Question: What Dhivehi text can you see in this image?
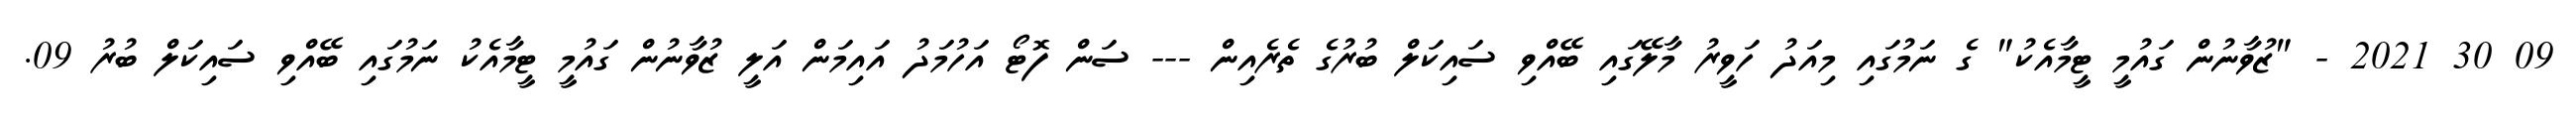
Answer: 09 30 2021 - "ޒުވާނުން ގައުމީ ޓީމާއެކު" ގެ ނަމުގައި މިއަދު ހަވީރު މާލޭގައި ބޭއްވި ސައިކަލް ބުރުގެ ތެރެއިން --- ސަން ފޮޓޯ އަހުމަދު އައިމަން އަލީ ޒުވާނުން ގައުމީ ޓީމާއެކު ނަމުގައި ބޭއްވި ސައިކަލް ބުރު 09.